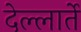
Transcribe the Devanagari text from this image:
देल्लार्ते